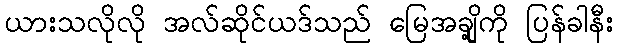
ယားသလိုလို အလ်ဆိုင်ယဒ်သည် မြေအချို့ကို ပြန်ခါနီး